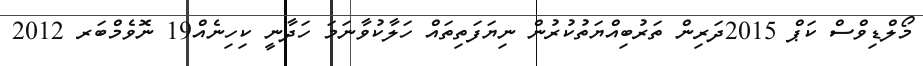
މޯލްޑިވްސް ކަޕް 2015ދަރިން ތަރުބިއްޔަތުކުރުން ނިޔަފަތިތައް ހަލާކުވާނަމަ ހަދާނީ ކިހިނެއް19 ނޮވެމްބަރ 2012